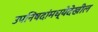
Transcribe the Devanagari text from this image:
उपनिषदांमध्येदेखील